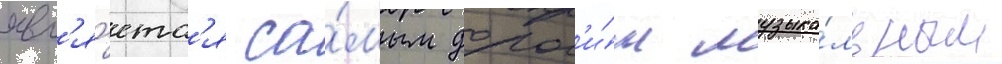
явл'я́етс'я са́мым дорог'и́м музыка́льным